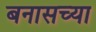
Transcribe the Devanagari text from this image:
बनासच्या